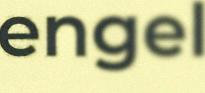
engel